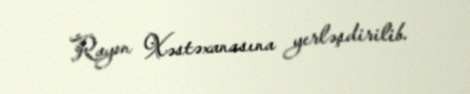
Rayon Xəstəxanasına yerləşdirilib.